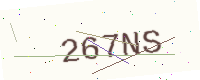
Text: 267NS